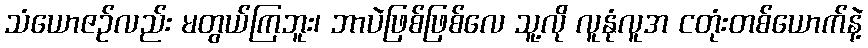
သံယောဇဉ်လည်း မတွယ်ကြဘူး၊ ဘာပဲဖြစ်ဖြစ်လေ သူ့လို လူနုံလူအ ငတုံးတစ်ယောက်နဲ့